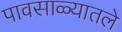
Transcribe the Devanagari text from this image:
पावसाळ्यातले